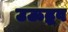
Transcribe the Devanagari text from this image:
उऊद्धव